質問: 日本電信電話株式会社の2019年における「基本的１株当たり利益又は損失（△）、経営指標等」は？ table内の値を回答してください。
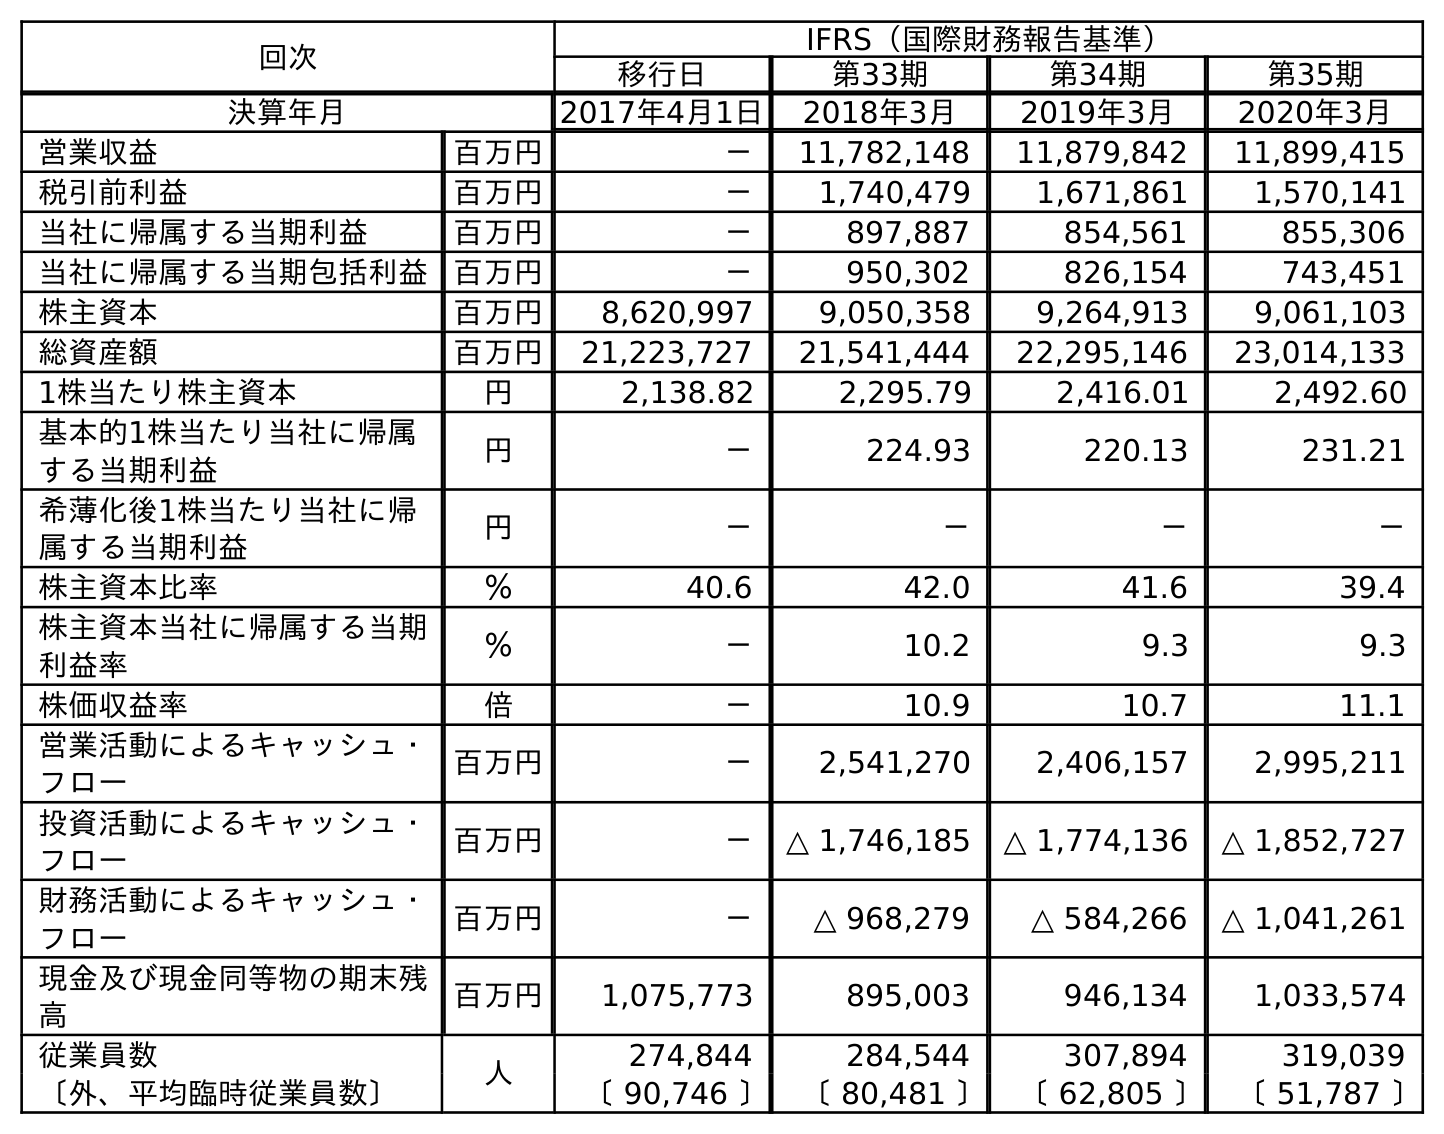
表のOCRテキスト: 回次 IFRS（国際財務報告基準） 移行日 第33期 第34期 第35期 決算年月 2017年4月1日 2018年3月 2019年3月 2020年3月 営業収益 百万円 － 11,782,148 11,879,842 11,899,415 税引前利益 百万円 － 1,740,479 1,671,861 1,570,141 当社に帰属する当期利益 百万円 － 897,887 854,561 855,306 当社に帰属する当期包括利益 百万円 － 950,302 826,154 743,451 株主資本 百万円 8,620,997 9,050,358 9,264,913 9,061,103 総資産額 百万円 21,223,727 21,541,444 22,295,146 23,014,133 1株当たり株主資本 円 2,138.82 2,295.79 2,416.01 2,492.60 基本的1株当たり当社に帰属 する当期利益 円 － 224.93 220.13 231.21 希薄化後1株当たり当社に帰 属する当期利益 円 － － － － 株主資本比率 ％ 40.6 42.0 41.6 39.4 株主資本当社に帰属する当期 利益率 ％ － 10.2 9.3 9.3 株価収益率 倍 － 10.9 10.7 11.1 営業活動によるキャッシュ・ フロー 百万円 － 2,541,270 2,406,157 2,995,211 投資活動によるキャッシュ・ フロー 百万円 － △ 1,746,185 △ 1,774,136 △ 1,852,727 財務活動によるキャッシュ・ フロー 百万円 － △ 968,279 △ 584,266 △ 1,041,261 現金及び現金同等物の期末残 高 百万円 1,075,773 895,003 946,134 1,033,574 従業員数 人 274,844 284,544 307,894 319,039 〔外、平均臨時従業員数〕 〔 90,746 〕 〔 80,481 〕 〔 62,805 〕 〔 51,787 〕
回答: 220.13